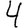
Digit: 4